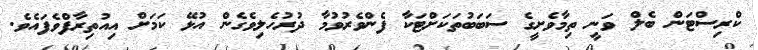
ކްރިސްޓަން ބެލް ވަނީ ތިމާވެށީގެ ސަބަބުތަކަށްޓަކާ ފެންވެރުވުމާ ދުރުހެލިވެގެން އުޅޭ ކަމަށް އިއުތިރާފްވެފައެވެ.